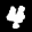
Label: 4